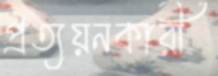
প্রত্যয়নকারী